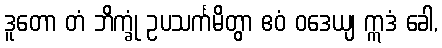
ဒူတော တံ ဘိက္ခုံ ဥပသင်္ကမိတွာ ဧဝံ ဝဒေယျ ဣဒံ ခေါ,